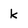
Character: k